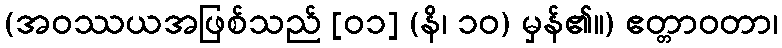
(အဝဿယအဖြစ်သည် [၀၁] (နိ၊ ၁၀) မှန်၏။) ဧတ္တာဝတာ၊